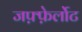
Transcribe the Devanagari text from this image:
जफ़्फ़ेर्लोट